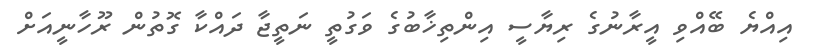
އިއްޔެ ބޭއްވި އީރާނުގެ ރިޔާސީ އިންތިޚާބުގެ ވަގުތީ ނަތީޖާ ދައްކާ ގޮތުން ރޫހާނީއަށް